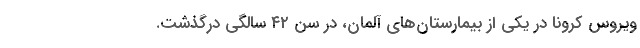
ویروس کرونا در یکی از بیمارستان‌های آلمان، در سن ۴۲ سالگی درگذشت.